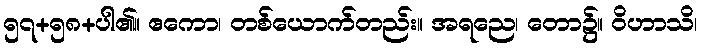
၅၇+၅၈+ပါ၏။ ဧကော၊ တစ်ယောက်တည်း။ အရညေ၊ တော၌။ ဝိဟာသိ၊